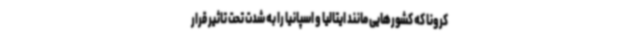
کرونا که کشورهایی مانند ایتالیا و اسپانیا را به شدت تحت تاثیر قرار